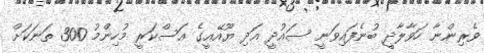
ވެރިންނާ ހަވާލާދީ ބުނެފައިވަނީ ސައުދީ އަދި ޔޫއޭއީގެ އަސްކަރީ މުހިންމު 300 ތަނަކަށް